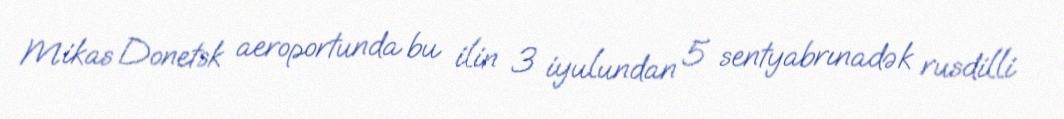
Mikas Donetsk aeroportunda bu ilin 3 iyulundan 5 sentyabrınadək rusdilli